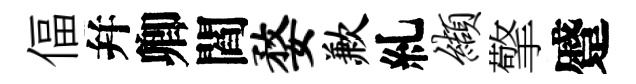
偪幷卿閻婺歉糺缬擎蹙